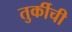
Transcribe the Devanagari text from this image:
तुर्कीची